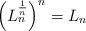
LaTeX: \begin{align*}\left(L_{n}^{1\over n}\right)^{n} = L_{n}\end{align*}